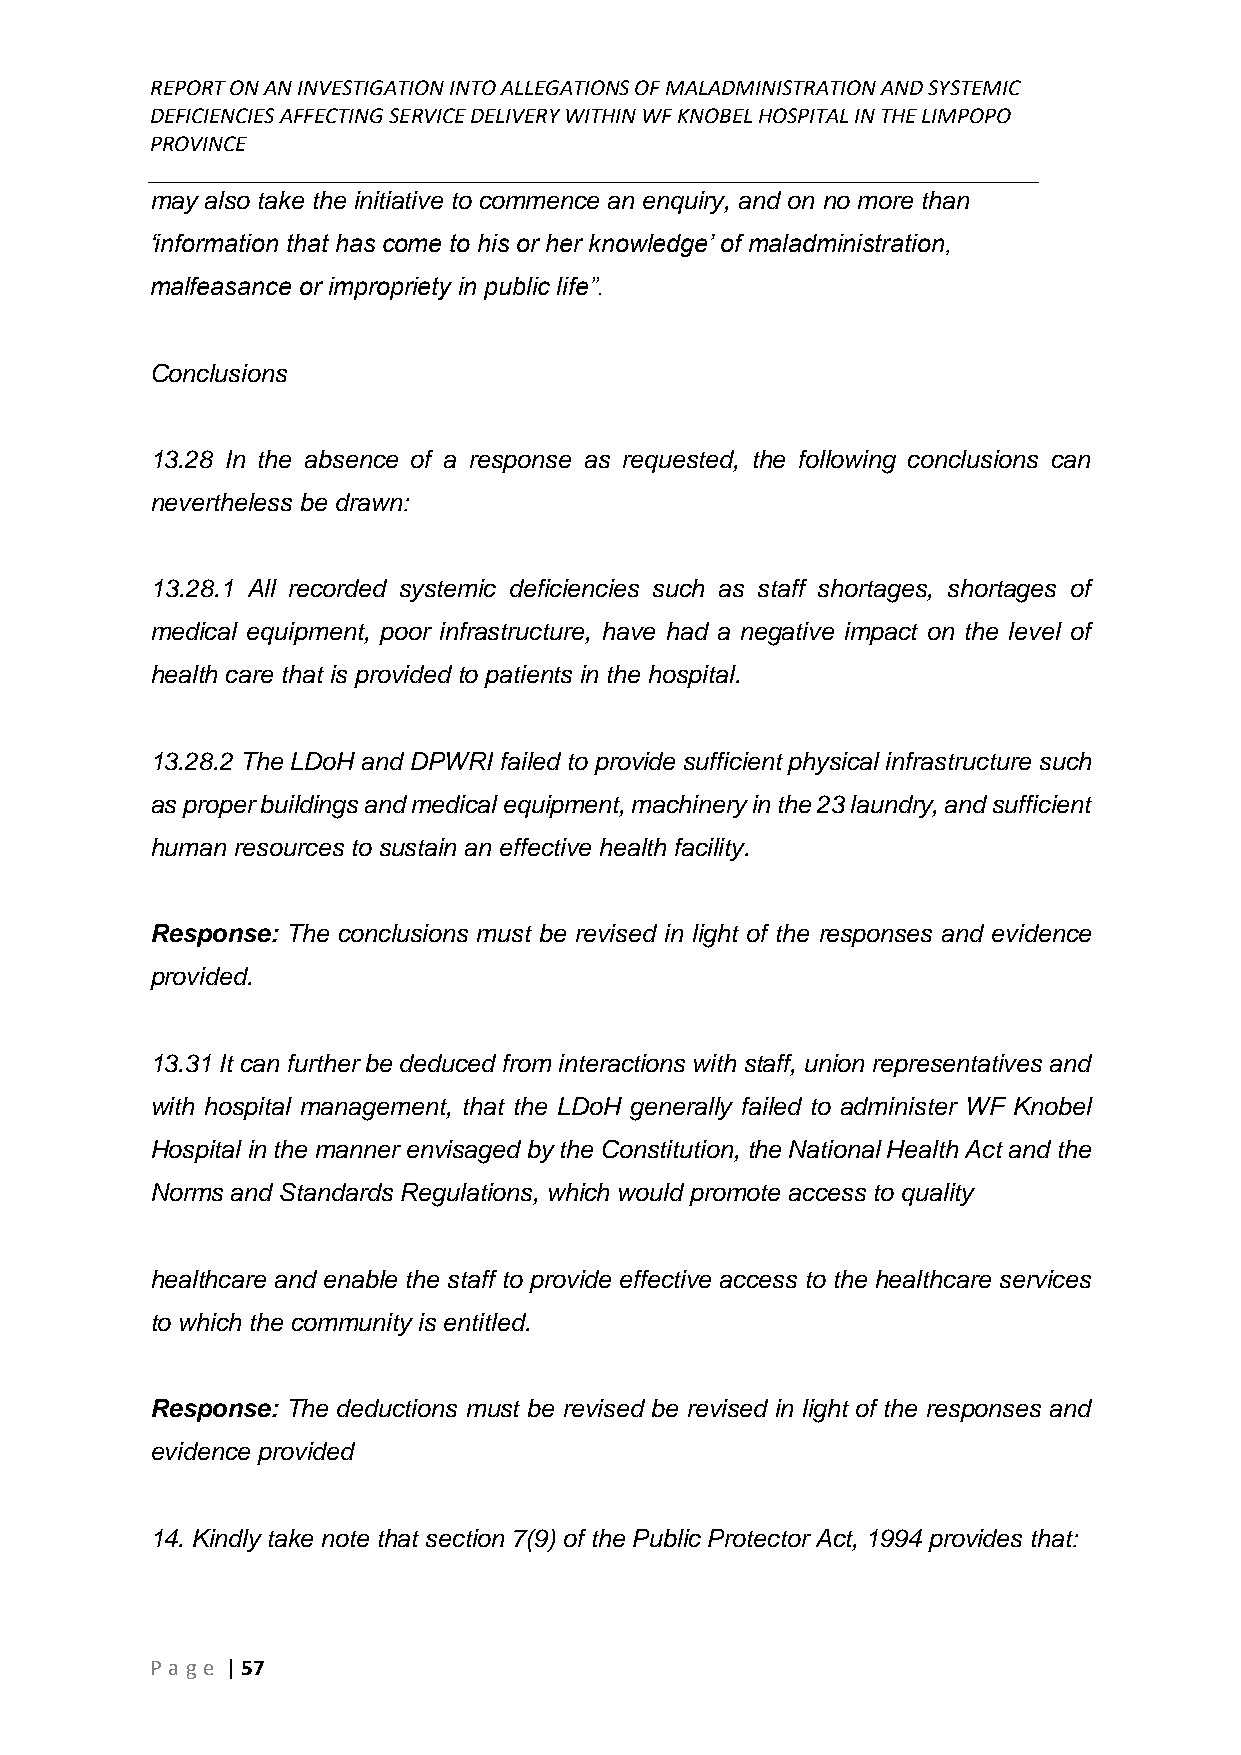
REPORT ON AN INVESTIGATION INTO ALLEGATIONS OF MALADMINISTRATION AND SYSTEMIC
 DEFICIENCIES AFFECTING SERVICE DELIVERY WITHIN WF KNOBEL HOSPITAL IN THE LIMPOPO
 PROVINCE
 ______________________________________________________________________________
 may also take the initiative to commence an enquiry, and on no more than
 ‘information that has come to his or her knowledge’ of maladministration,
 malfeasance or impropriety in public life”.
 Conclusions
 13.28 In the absence of a response as requested, the following conclusions can
 nevertheless be drawn:
 13.28.1 All recorded systemic deficiencies such as staff shortages, shortages of
 medical equipment, poor infrastructure, have had a negative impact on the level of
 health care that is provided to patients in the hospital.
 13.28.2 The LDoH and DPWRI failed to provide sufficient physical infrastructure such
 as proper buildings and medical equipment, machinery in the 23 laundry, and sufficient
 human resources to sustain an effective health facility.
 Response: The conclusions must be revised in light of the responses and evidence
 provided.
 13.31 It can further be deduced from interactions with staff, union representatives and
 with hospital management, that the LDoH generally failed to administer WF Knobel
 Hospital in the manner envisaged by the Constitution, the National Health Act and the
 Norms and Standards Regulations, which would promote access to quality
 healthcare and enable the staff to provide effective access to the healthcare services
 to which the community is entitled.
 Response: The deductions must be revised be revised in light of the responses and
 evidence provided
 14. Kindly take note that section 7(9) of the Public Protector Act, 1994 provides that:
 P age | 57